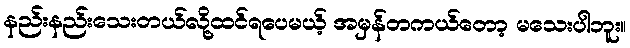
နည်းနည်းသေးတယ်လို့ထင်ရပေမယ့် အမှန်တကယ်တော့ မသေးပါဘူး။